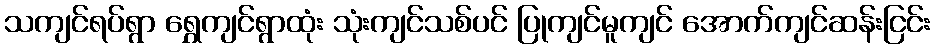
သကျင်ရပ်ရွာ ရွှေကျင်ရွာထုံး သုံးကျင်သစ်ပင် ပြုကျင်မူကျင် အောက်ကျင်ဆန်းငြင်း